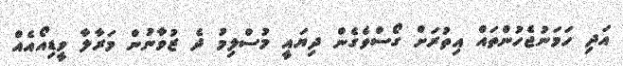
އަދި ހަމަނުޖެހުންތައް އިތުރަށް ގޯސްވެގެން ދިޔައީ މުސްލިމު ދެ ޒުވާނުން މަރާލާ ވީޑިއޯއެއް